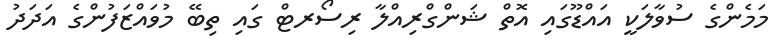
މަމެންގެ ސުވާލަކީ އައްޑޫގައި އޮތް ޝަންގްރިއްލާ ރިސޯރޓް ގައި ތިބޭ މުވައްޒަފުންގެ އަދަދު